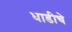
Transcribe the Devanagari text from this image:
धाडीचे